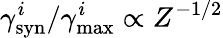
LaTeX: \gamma_{\mathrm{syn}}^{i}/\gamma_{\mathrm{max}}^{i}\propto Z^{-1/2}